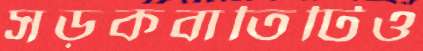
সড়কবাতিটিও